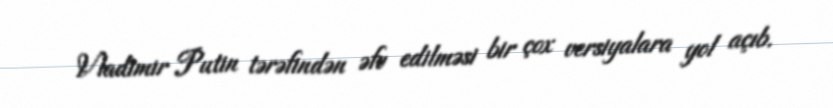
Vladimir Putin tərəfindən əfv edilməsi bir çox versiyalara yol açıb.